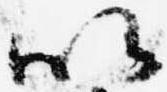
以